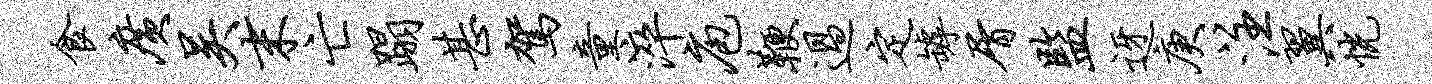
食广吴末亡蹋甚驾童淬庖鞭过定罅屑监迓庚注翼恍